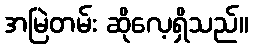
အမြဲတမ်း ဆိုလေ့ရှိသည်။